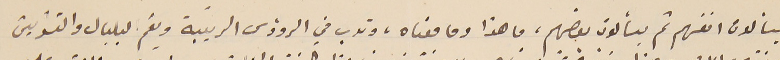
يسألون انفسهم ثم يسألون بعضهم، ما هذا وما معناه، وتدب في الرؤوس الرَيبة ويعٌم لبلبال والتشويش